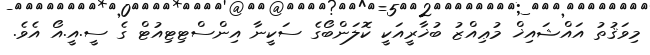
މިވަޤުތު އައްޝައިޚް މުޢިއްޒު ބުޚާރީއަކީ ކޮލަންބޯގެ ސަކީނާ އިންސްޓިޓިއުޓް ގެ ސީ.އީ.އޯ އެވެ.